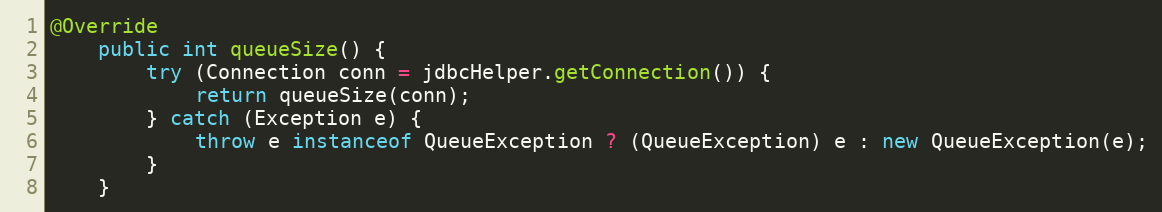
Language: Java
@Override
    public int queueSize() {
        try (Connection conn = jdbcHelper.getConnection()) {
            return queueSize(conn);
        } catch (Exception e) {
            throw e instanceof QueueException ? (QueueException) e : new QueueException(e);
        }
    }